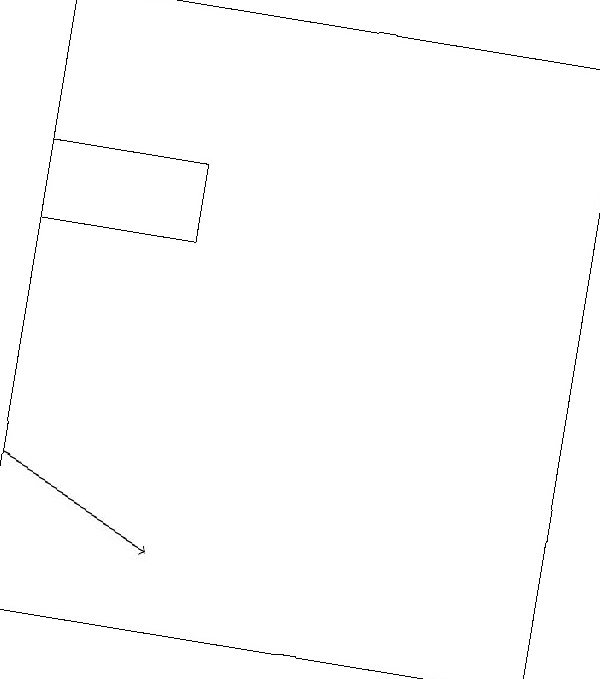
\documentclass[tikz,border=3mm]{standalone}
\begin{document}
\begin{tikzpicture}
\draw[->] (0,13) -- (2,12);
\draw (0,19) rectangle (7,11);
\draw (0,17) rectangle (2,16);
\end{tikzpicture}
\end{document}